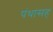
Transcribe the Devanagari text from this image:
पंथांसह